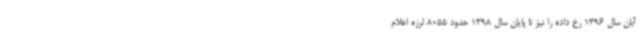
آبان سال 1396 رخ داده را نیز تا پایان سال 1398 حدود 8055 لرزه اعلام